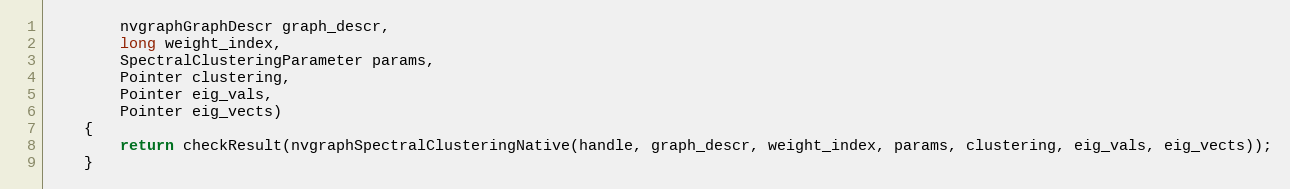
Language: Java
        nvgraphGraphDescr graph_descr,
        long weight_index,
        SpectralClusteringParameter params,
        Pointer clustering,
        Pointer eig_vals,
        Pointer eig_vects)
    {
        return checkResult(nvgraphSpectralClusteringNative(handle, graph_descr, weight_index, params, clustering, eig_vals, eig_vects));
    }